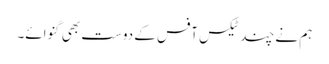
ہم نے چند ٹیکس آفس کے دوست بھی گنوائے۔